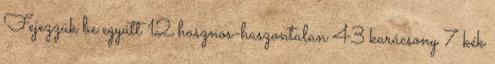
Fejezzük be együtt 12 hasznos-haszontalan 43 karácsony 7 kék